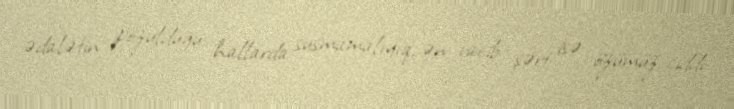
ədalətin pozulduğu hallarda susmamalıyıq, ən vacib şərt isə özümüz ciddi